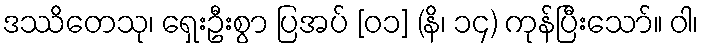
ဒဿိတေသု၊ ရှေးဦးစွာ ပြအပ် [၀၁] (နိ၊ ၁၄) ကုန်ပြီးသော်။ ဝါ၊